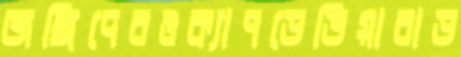
জঙ্গিদেরওক্যাপডেভিয়ারাড